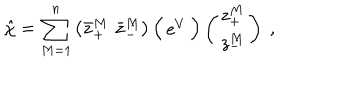
LaTeX: \hat { \chi } = \sum _ { M = 1 } ^ { n } \left( \bar { z } _ { + } ^ { M } \, \, \bar { z } _ { - } ^ { M } \right) \Big ( \begin{array} { c c } { { \mathrm { e } ^ { V } } } \\ \end{array} \Big ) \left( \begin{array} { c } { { z _ { + } ^ { M } } } \\ { { z _ { - } ^ { M } } } \\ \end{array} \right) \ ,